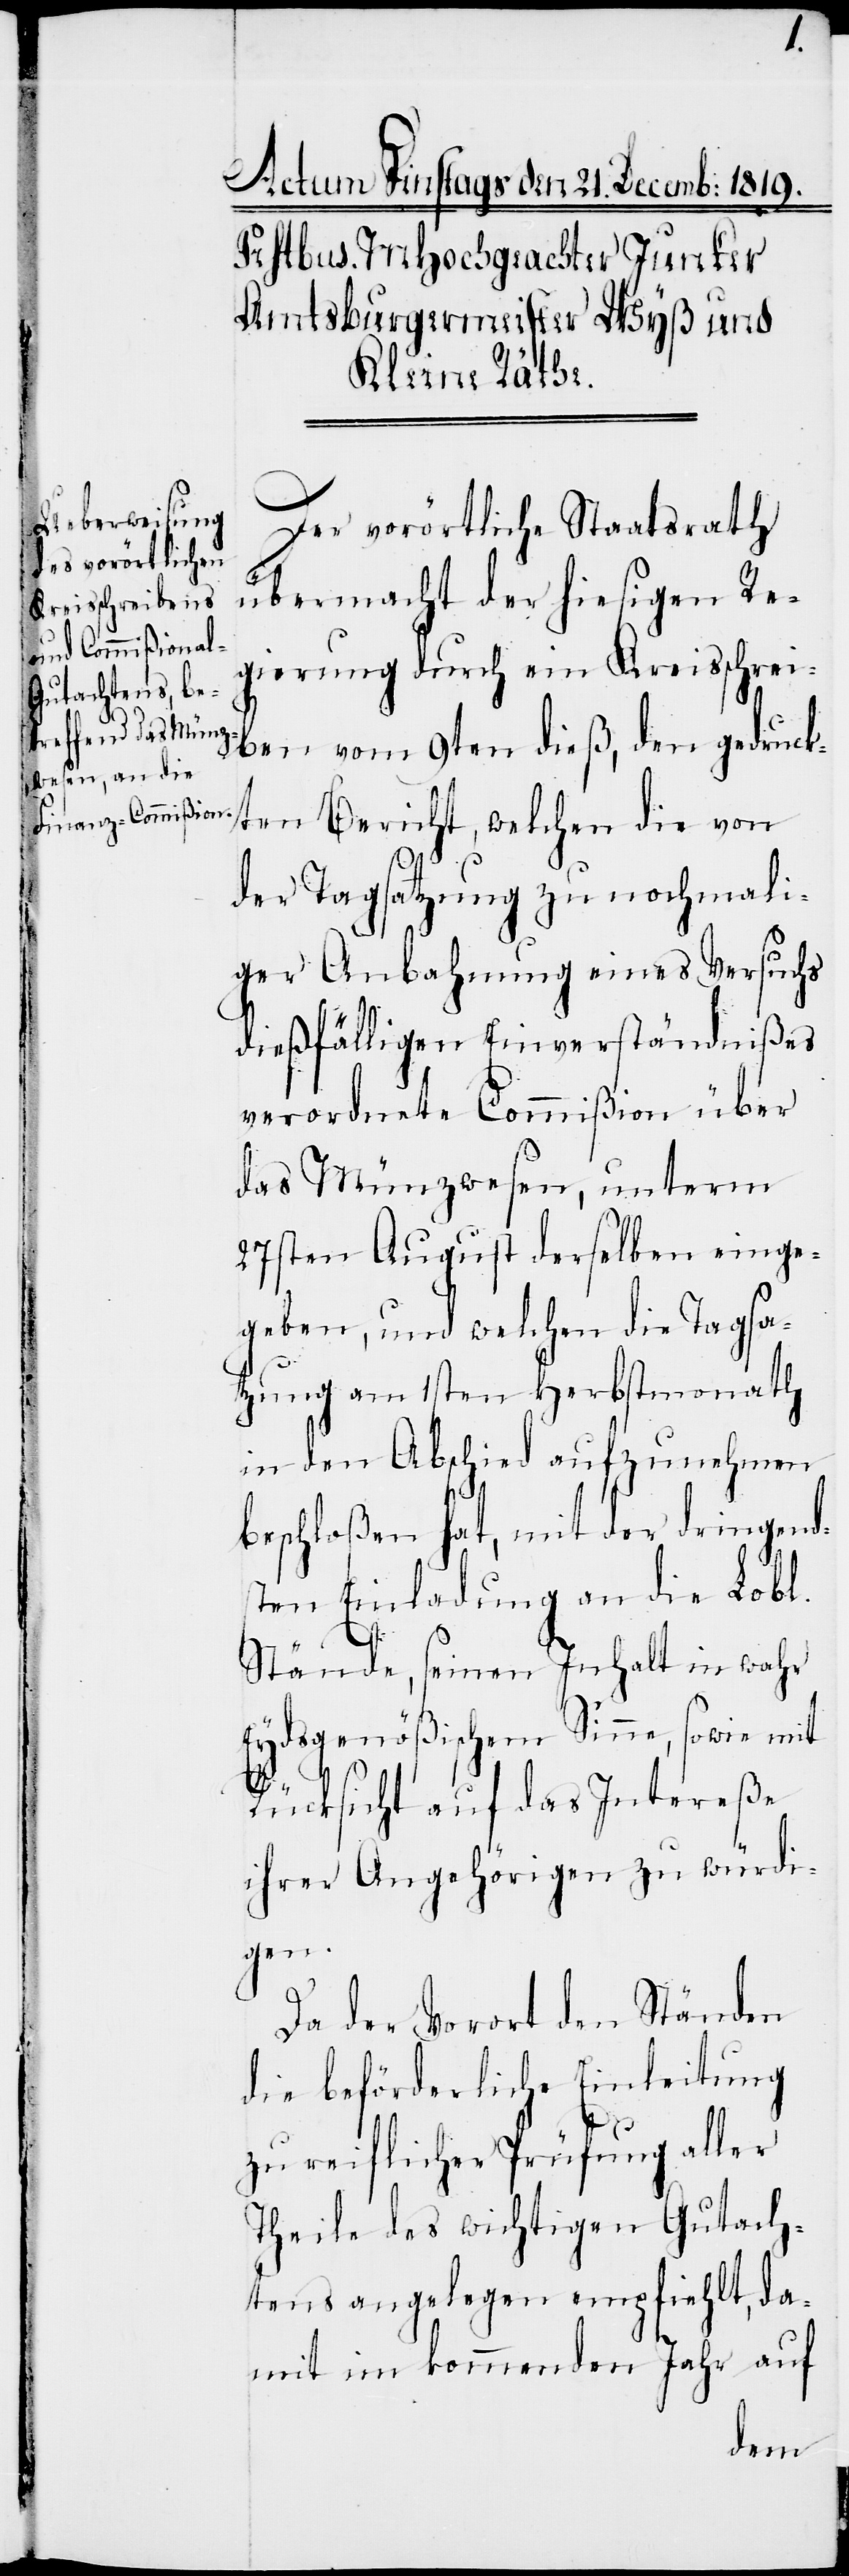
Der vorörtliche Staatsrath
übermacht der hiesigen Re¬
gierung durch ein Kreisschrei¬
ben vom 9ten dieß, den gedruck¬
ten Bericht, welchen die von
der Tagsatzung zu nochmali¬
ger Anbahnung eines Versuchs
dießfälligen Einverständnißes
verordnete Commißion über
das Münzwesen, unterm
27sten August derselben einge¬
geben, und welchen die Tagsa¬
tzung am 1sten Herbstmonath
in den Abschied aufzunehmen
beschloßen hat, mit der dringend¬
sten Einladung an die Lobl.
Stände, seinen Inhalt in wahr
Eydsgenößischen Sinne, sowie mit
Rücksicht auf das Intereße
ihrer Angehörigen zu würdi¬
gen.
Da der Vorort den Ständen
die beförderliche Einleitung
zu reiflicher Prüfung aller
Theile des wichtigen Gutach¬
tens angelegen empfiehlt, da¬
mit im kommenden Jahr auf